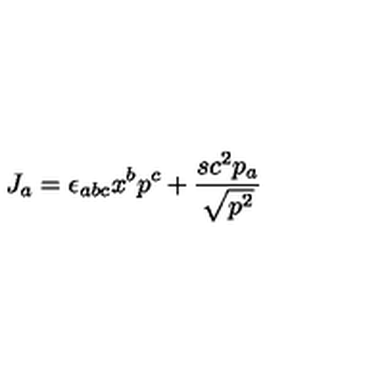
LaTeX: J _ { a } = \epsilon _ { a b c } x ^ { b } p ^ { c } + \frac { s c ^ { 2 } p _ { a } } { \sqrt { p ^ { 2 } } }